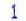
1